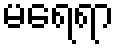
မရေရာ